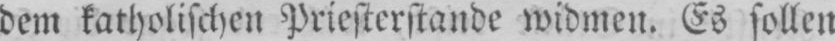
dem katholischen Priesterstande widmen. Es sollen